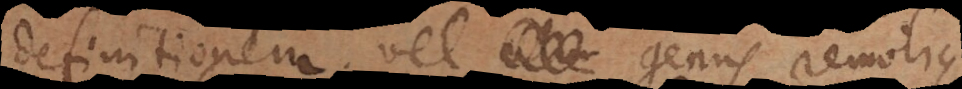
definitionem vel genus remotius